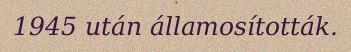
1945 után államosították.